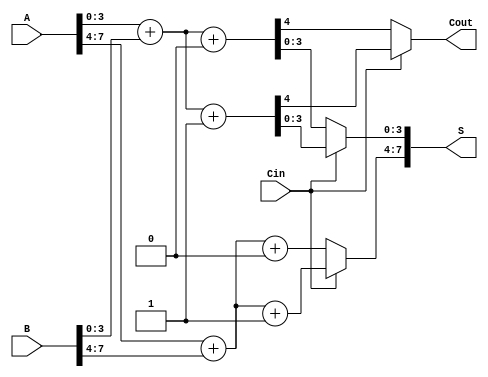
module CarrySelectAdder #(parameter n = 8, parameter m = 4) (
    input [n-1:0] A,      // First n-bit input
    input [n-1:0] B,      // Second n-bit input
    input Cin,            // Carry-in
    output [n-1:0] S,     // n-bit sum output
    output Cout           // Carry-out
);

    localparam num_segments = n / m; // Number of segments

    // Intermediate signals
    wire [m-1:0] Sum0[num_segments-1:0];
    wire [m-1:0] Sum1[num_segments-1:0];
    wire C0[num_segments-1:0];
    wire C1[num_segments-1:0];
    wire [num_segments:0] C;  // Carry for each segment

    // Generate blocks for each segment
    genvar i;
    generate
        for (i = 0; i < num_segments; i = i + 1) begin : segment
            wire [m-1:0] A_segment = A[(i*m) +: m];
            wire [m-1:0] B_segment = B[(i*m) +: m];

            // Calculate Sum0 and Sum1
            assign {C0[i], Sum0[i]} = A_segment + B_segment + 1'b0;  // Assume Cin = 0
            assign {C1[i], Sum1[i]} = A_segment + B_segment + 1'b1;  // Assume Cin = 1
        end
    endgenerate

    // Calculate the carry signals
    assign C[0] = Cin; // First carry input is Cin
    generate
        for (i = 0; i < num_segments-1; i = i + 1) begin : carry
            assign C[i+1] = C[i] ? C1[i] : C0[i];
        end
    endgenerate

    // MUX to select the correct sum for the output based on the carry in
    generate
        for (i = 0; i < num_segments; i = i + 1) begin : mux
            assign S[(i*m) +: m] = Cin ? Sum1[i] : Sum0[i];
        end
    endgenerate

    // Final carry out is determined from the last segment
    assign Cout = C[num_segments-1];

endmodule